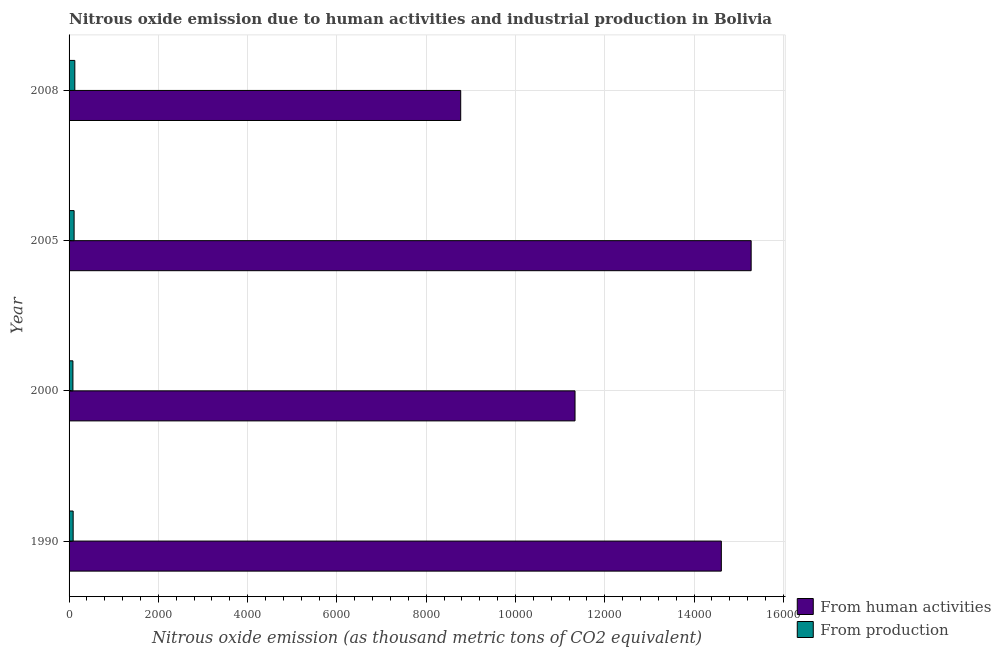
| Year | From human activities | From production |
 | --- | --- | --- |
 | 1990 | 1.46e+04 | 91.4 |
 | 2000 | 1.13e+04 | 86.3 |
 | 2005 | 1.53e+04 | 113 |
 | 2008 | 8.77e+03 | 129 |